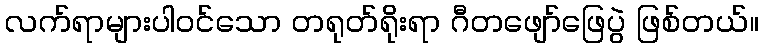
လက်ရာများပါဝင်သော တရုတ်ရိုးရာ ဂီတဖျော်ဖြေပွဲ ဖြစ်တယ်။